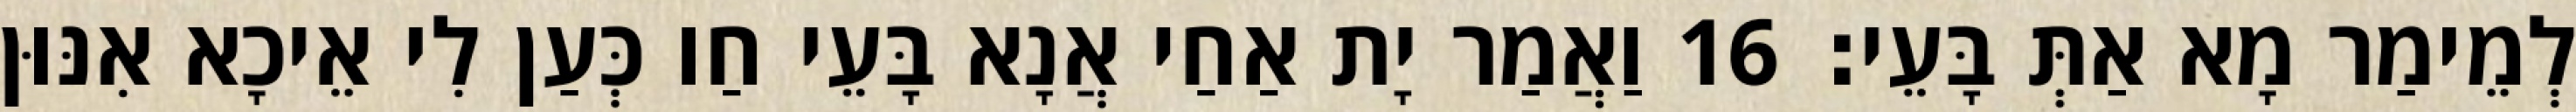
לְמֵימַר מָא אַתְּ בָּעֵי׃ 16 וַאֲמַר יָת אַחַי אֲנָא בָּעֵי חַו כְּעַן לִי אֵיכָא אִנּוּן